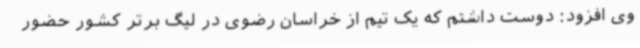
وی افزود: دوست داشتم که یک تیم از خراسان رضوی در لیگ برتر کشور حضور